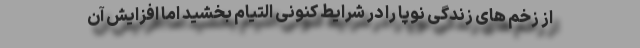
از زخم های زندگی نوپا را در شرایط کنونی التیام بخشید اما افزایش آن